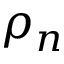
\rho _ { n }